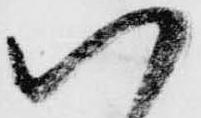
い